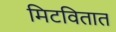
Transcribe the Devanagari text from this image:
मिटवितात